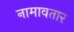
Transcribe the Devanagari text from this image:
नामावतार